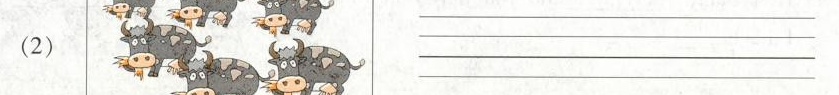
（2）___